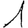
Digit: 1